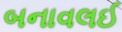
બનાવલઈ